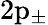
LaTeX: \mathrm{2\mathrm{p}_{\pm}}